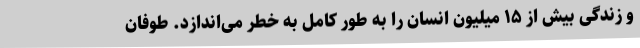
و زندگی بیش از ۱۵ میلیون انسان را به طور کامل به خطر می‌اندازد. طوفان‌